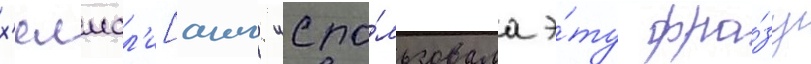
х'елмсл'и[англ. испо́льзовала э́ту фра́зу